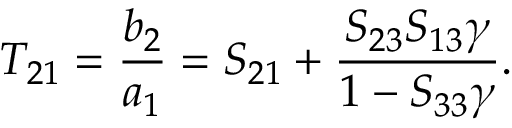
T _ { 2 1 } = \frac { b _ { 2 } } { a _ { 1 } } = S _ { 2 1 } + \frac { S _ { 2 3 } S _ { 1 3 } \gamma } { 1 - S _ { 3 3 } \gamma } .